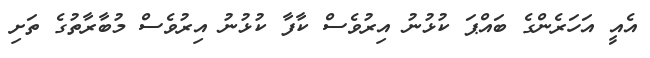
އެއީ އަހަރެންގެ ބައްޕަ ކުޅުނު އިރުވެސް ކާފާ ކުޅުނު އިރުވެސް މުބާރާތުގެ ތަށި